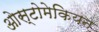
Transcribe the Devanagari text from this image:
ओस्टोमेकियन